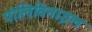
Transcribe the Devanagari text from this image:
पोलिविनाइल